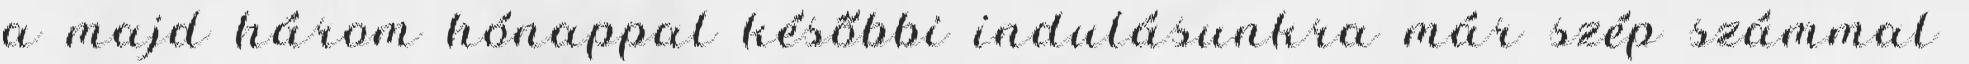
a majd három hónappal későbbi indulásunkra már szép számmal